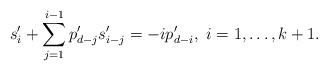
LaTeX: \begin{align*} s_i'+\sum_{j=1}^{i-1}p'_{d-j}s'_{i-j}=-ip'_{d-i},~i=1,\dots,k+1. \end{align*}